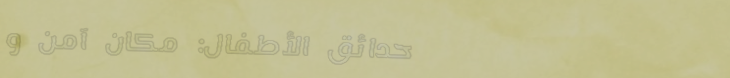
حدائق الأطفال: مكان آمن و